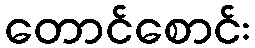
တောင်စောင်း